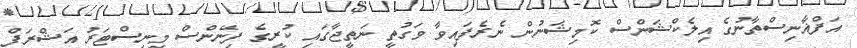
އަފްޣާނިސްތާނުގެ އިލެކްޝަންސް ކޮމިޝަނުން ނެރެފައިވާ ވަގުތީ ނަތީޖާގައި ކުރީގެ ފިނޭންސް މިނިސްޓަރު އަޝްރަފް